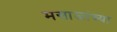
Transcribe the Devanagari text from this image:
मसाजांच्या